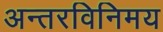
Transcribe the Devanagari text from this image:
अन्तरविनिमय